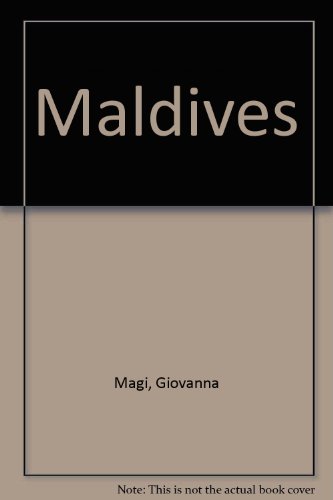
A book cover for Maldives; Giovanna Magi; Travel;